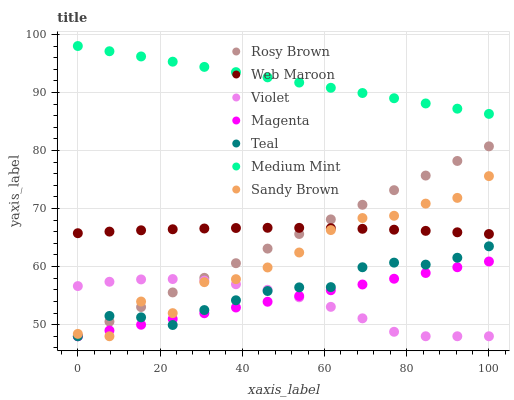
| xaxis_label | Rosy Brown | Web Maroon | Violet | Magenta | Teal | Medium Mint | Sandy Brown |
 | --- | --- | --- | --- | --- | --- | --- | --- |
 | 0 | 48 | 65.8 | 56.6 | 48 | 48 | 98 | 48.4 |
 | 7.69 | 50.5 | 66 | 57.4 | 49 | 51.5 | 97.1 | 48 |
 | 15.4 | 53 | 66.3 | 57.8 | 50 | 51.3 | 96.2 | 54 |
 | 23.1 | 55.5 | 66.4 | 57.9 | 51 | 49.9 | 95.3 | 52 |
 | 30.8 | 58.1 | 66.6 | 57.6 | 52 | 52.5 | 94.4 | 57.3 |
 | 38.5 | 60.6 | 66.6 | 57 | 53 | 54.2 | 93.5 | 57.8 |
 | 46.2 | 63.1 | 66.7 | 56 | 53.9 | 55.8 | 92.6 | 59.9 |
 | 53.8 | 65.6 | 66.7 | 54.7 | 54.9 | 56.4 | 91.7 | 62.4 |
 | 61.5 | 68.1 | 66.6 | 53.1 | 55.9 | 56.5 | 90.8 | 66.3 |
 | 69.2 | 70.6 | 66.5 | 51.1 | 56.9 | 59.9 | 89.9 | 68.4 |
 | 76.9 | 73.2 | 66.4 | 48.8 | 57.9 | 60.7 | 89 | 68.8 |
 | 84.6 | 75.7 | 66.2 | 48 | 58.9 | 60.3 | 88.1 | 70.9 |
 | 92.3 | 78.2 | 65.9 | 48 | 59.9 | 61.5 | 87.2 | 71.8 |
 | 100 | 80.7 | 65.6 | 48 | 60.9 | 63.5 | 86.3 | 75.6 |